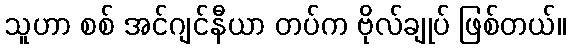
သူဟာ စစ် အင်ဂျင်နီယာ တပ်က ဗိုလ်ချုပ် ဖြစ်တယ်။